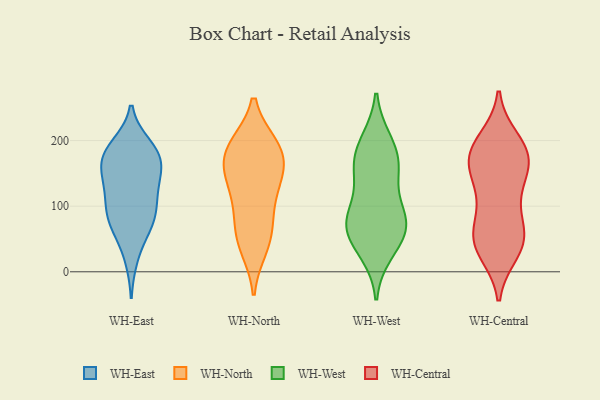
{"axis": {"x": "Conversion Rate (%)", "y": "Value"}, "legend": ["WH-Central", "WH-East", "WH-North", "WH-West"], "data": [{"x": "", "y": 65, "type": "WH-East"}, {"x": "", "y": 93, "type": "WH-East"}, {"x": "", "y": 152, "type": "WH-East"}, {"x": "", "y": 182, "type": "WH-East"}, {"x": "", "y": 132, "type": "WH-East"}, {"x": "", "y": 89, "type": "WH-East"}, {"x": "", "y": 130, "type": "WH-East"}, {"x": "", "y": 180, "type": "WH-East"}, {"x": "", "y": 118, "type": "WH-East"}, {"x": "", "y": 191, "type": "WH-East"}, {"x": "", "y": 71, "type": "WH-East"}, {"x": "", "y": 22, "type": "WH-East"}, {"x": "", "y": 82, "type": "WH-East"}, {"x": "", "y": 158, "type": "WH-East"}, {"x": "", "y": 173, "type": "WH-East"}, {"x": "", "y": 179, "type": "WH-East"}, {"x": "", "y": 133, "type": "WH-North"}, {"x": "", "y": 59, "type": "WH-North"}, {"x": "", "y": 190, "type": "WH-North"}, {"x": "", "y": 192, "type": "WH-North"}, {"x": "", "y": 185, "type": "WH-North"}, {"x": "", "y": 89, "type": "WH-North"}, {"x": "", "y": 37, "type": "WH-North"}, {"x": "", "y": 103, "type": "WH-North"}, {"x": "", "y": 148, "type": "WH-North"}, {"x": "", "y": 154, "type": "WH-North"}, {"x": "", "y": 156, "type": "WH-North"}, {"x": "", "y": 192, "type": "WH-North"}, {"x": "", "y": 47, "type": "WH-North"}, {"x": "", "y": 76, "type": "WH-West"}, {"x": "", "y": 140, "type": "WH-West"}, {"x": "", "y": 40, "type": "WH-West"}, {"x": "", "y": 86, "type": "WH-West"}, {"x": "", "y": 86, "type": "WH-West"}, {"x": "", "y": 156, "type": "WH-West"}, {"x": "", "y": 164, "type": "WH-West"}, {"x": "", "y": 30, "type": "WH-West"}, {"x": "", "y": 72, "type": "WH-West"}, {"x": "", "y": 196, "type": "WH-West"}, {"x": "", "y": 199, "type": "WH-West"}, {"x": "", "y": 76, "type": "WH-West"}, {"x": "", "y": 58, "type": "WH-West"}, {"x": "", "y": 167, "type": "WH-West"}, {"x": "", "y": 200, "type": "WH-Central"}, {"x": "", "y": 58, "type": "WH-Central"}, {"x": "", "y": 192, "type": "WH-Central"}, {"x": "", "y": 31, "type": "WH-Central"}, {"x": "", "y": 48, "type": "WH-Central"}, {"x": "", "y": 87, "type": "WH-Central"}, {"x": "", "y": 164, "type": "WH-Central"}, {"x": "", "y": 183, "type": "WH-Central"}, {"x": "", "y": 46, "type": "WH-Central"}, {"x": "", "y": 176, "type": "WH-Central"}, {"x": "", "y": 174, "type": "WH-Central"}, {"x": "", "y": 140, "type": "WH-Central"}, {"x": "", "y": 135, "type": "WH-Central"}, {"x": "", "y": 107, "type": "WH-Central"}, {"x": "", "y": 43, "type": "WH-Central"}, {"x": "", "y": 46, "type": "WH-Central"}, {"x": "", "y": 170, "type": "WH-Central"}]}